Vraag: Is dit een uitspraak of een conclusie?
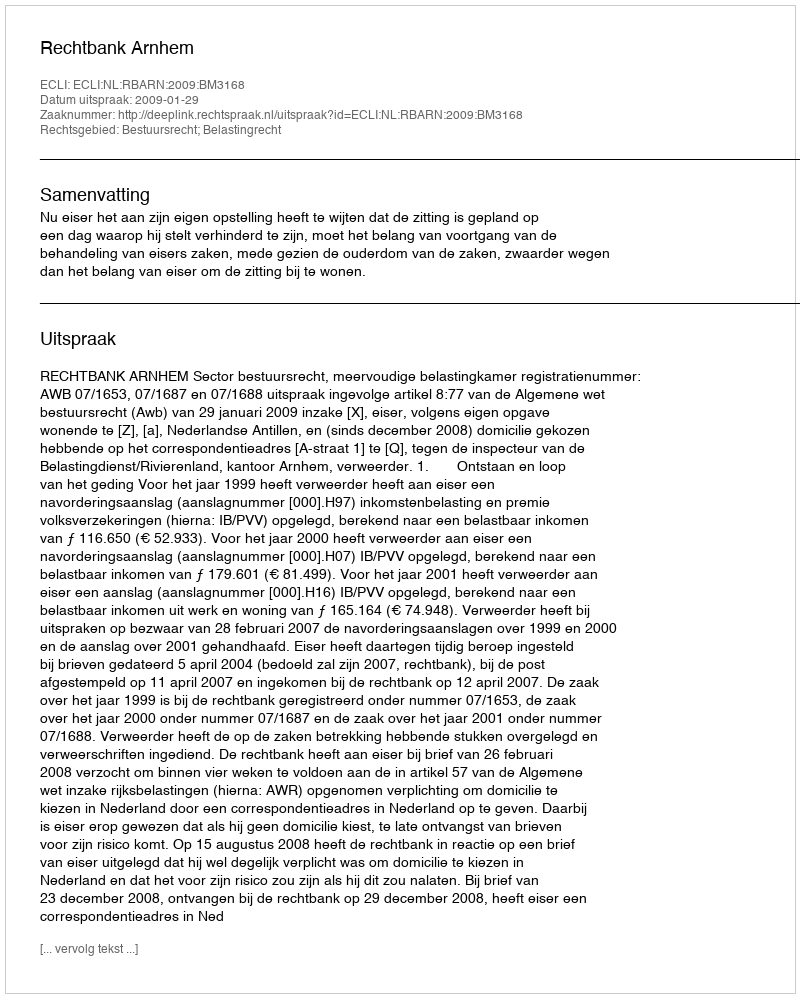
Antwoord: Uitspraak